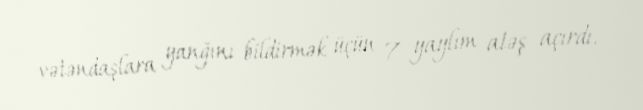
vətəndaşlara yanğını bildirmək üçün 7 yaylım atəş açırdı.